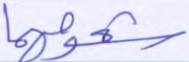
شحومهما